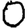
Digit: 0